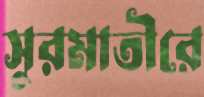
সুরমাতীরে